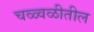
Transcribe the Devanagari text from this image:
चळ्वळीतील